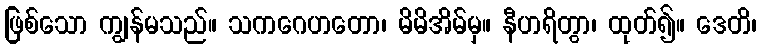
ဖြစ်သော ကျွန်မသည်။ သကဂေဟတော၊ မိမိအိမ်မှ။ နီဟရိတွာ၊ ထုတ်၍။ ဒေတိ၊